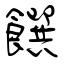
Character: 饌